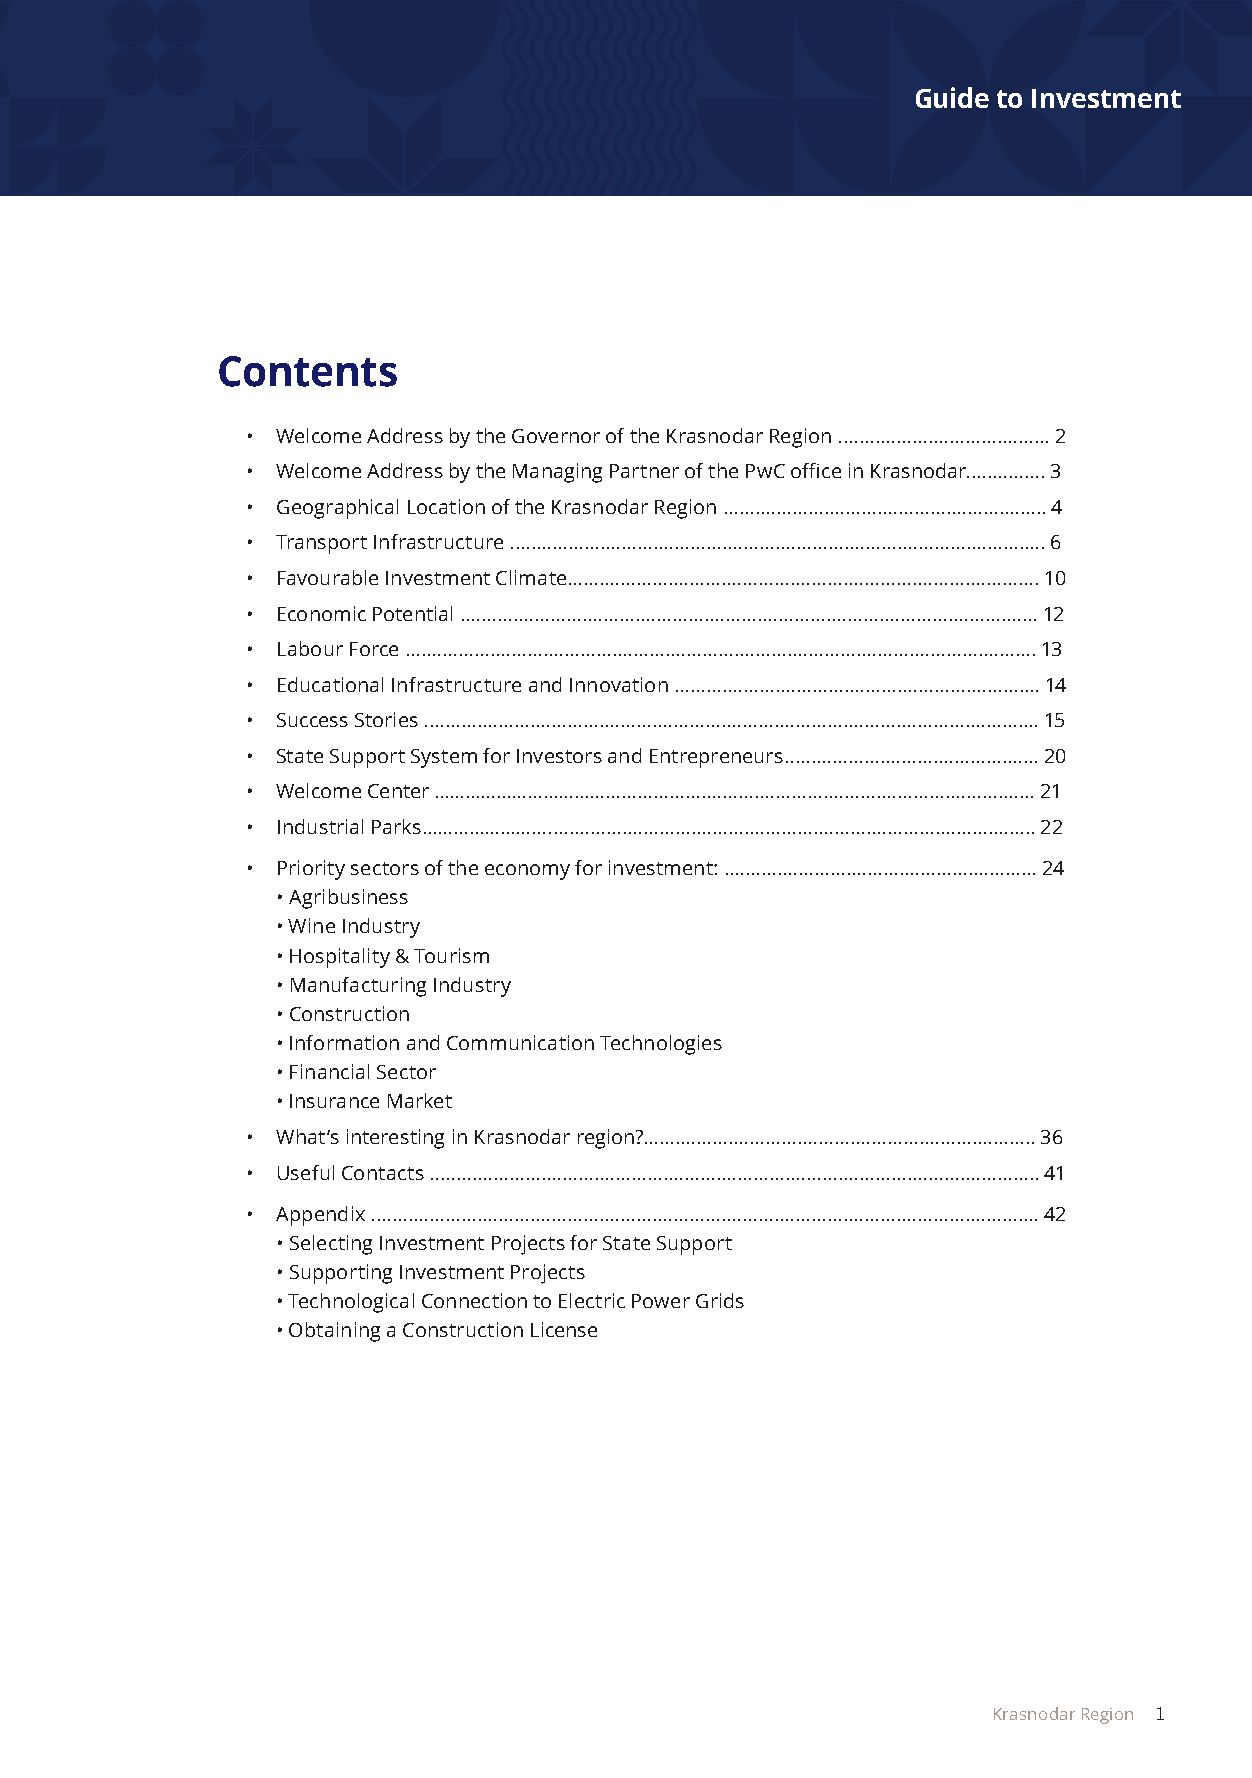
Guide to Investment
 Contents
 • Welcome Address by the Governor of the Krasnodar Region ........................................ 2
 • Welcome Address by the Managing Partner of the PwC office in Krasnodar............... 3
 • Geographical Location of the Krasnodar Region ............................................................. 4
 • Transport Infrastructure ..................................................................................................... 6
 • Favourable Investment Climate......................................................................................... 10
 • Economic Potential ............................................................................................................. 12
 • Labour Force ....................................................................................................................... 13
 • Educational Infrastructure and Innovation ..................................................................... 14
 • Success Stories .................................................................................................................... 15
 • State Support System for Investors and Entrepreneurs................................................ 20
 • Welcome Center …………………………………........................................................................... 21
 • Industrial Parks……………………............................................................................................ 22
 • Priority sectors of the economy for investment: ........................................................... 24
 • Agribusiness
 • Wine Industry
 • Hospitality & Tourism
 • Manufacturing Industry
 • Construction
 • Information and Communication Technologies
 • Financial Sector
 • Insurance Market
 • What’s interesting in Krasnodar region?.......................................................................... 36
 • Useful Contacts ................................................................................................................... 41
 • Appendix .............................................................................................................................. 42
 • Selecting Investment Projects for State Support
 • Supporting Investment Projects
 • Technological Connection to Electric Power Grids
 • Obtaining a Construction License
 Krasnodar Region 1